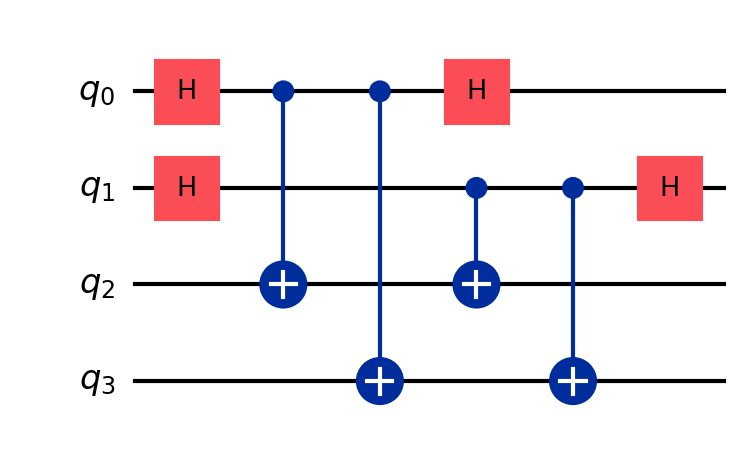
Description: Simon's algorithm: hidden subgroup problem
描述: Simon算法：隐藏子群问题
Category: classical_algorithms (difficulty: advanced)
Qubits: 4, circuit depth: 5

Braket implementation:
from braket.circuits import Circuit
circuit = Circuit()
circuit.h(0).h(1)
circuit.cnot(0, 2).cnot(0, 3).cnot(1, 2).cnot(1, 3)
circuit.h(0).h(1)

Qiskit implementation:
from qiskit import QuantumCircuit
circuit = QuantumCircuit(4)
circuit.h(0).h(1)
circuit.cx(0, 2).cx(0, 3).cx(1, 2).cx(1, 3)
circuit.h(0).h(1)